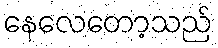
နေလေတော့သည်